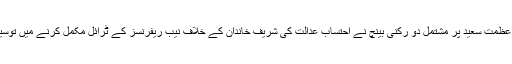
بدھ کو جسٹس اعجاز الاحسن اور جسٹس عظمت سعید پر مشتمل دو رکنی بینچ نے احتساب عدالت کی شریف خاندان کے خلاف نیب ریفرنسز کے ٹرائل مکمل کرنے میں توسیع سے متعلق درخواست کی سماعت کی۔